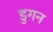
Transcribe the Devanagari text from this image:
डुगन